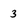
Character: 3